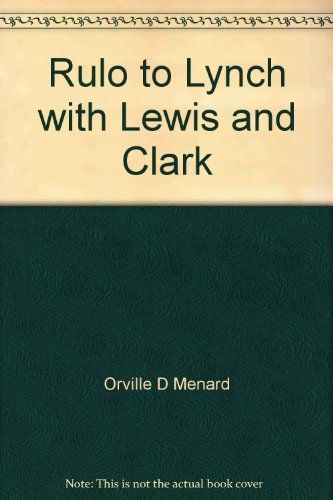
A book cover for Rulo to Lynch with Lewis and Clark: A guide and narrative; Orville D Menard; Travel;